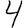
Digit: 4